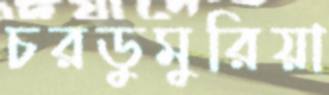
চরডুমুরিয়া